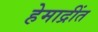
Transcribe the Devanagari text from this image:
हेमाद्रींत